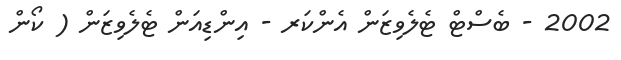
2002 - ބެސްޓް ޓެލެވިޒަން އެންކަރ - އިންޑިއަން ޓެލެވިޒަން ( ކޯން